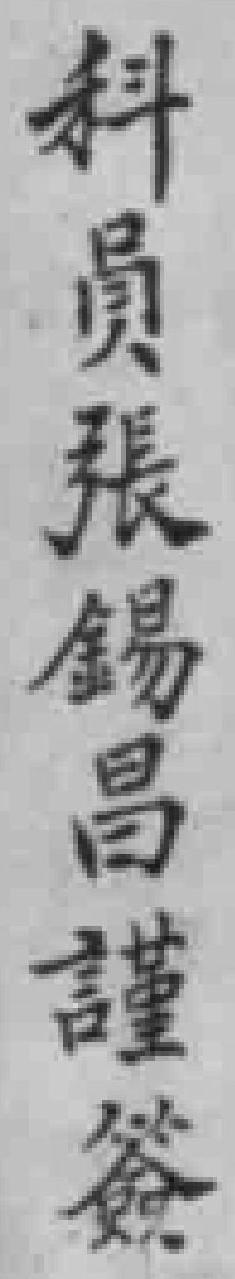
科員張錫昌謹簽